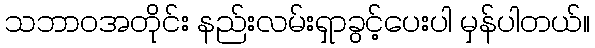
သဘာဝအတိုင်း နည်းလမ်းရှာခွင့်ပေးပါ မှန်ပါတယ်။